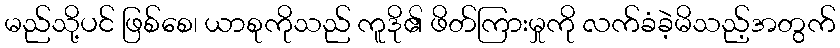
မည်သို့ပင် ဖြစ်စေ၊ ယာစုကိုသည် ကူဒို၏ ဖိတ်ကြားမှုကို လက်ခံခဲ့မိသည့်အတွက်